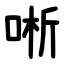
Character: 唽